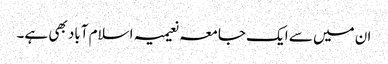
ان میں سے ایک جامعہ نعیمیہ اسلام آباد بھی ہے۔